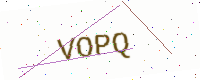
Text: VOPQ